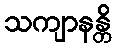
သကျာနန္တိ